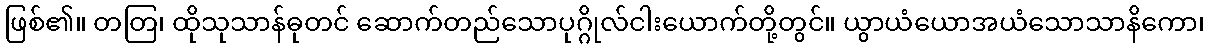
ဖြစ်၏။ တတြ၊ ထိုသုသာန်ဓုတင် ဆောက်တည်သောပုဂ္ဂိုလ်ငါးယောက်တို့တွင်။ ယွာယံယောအယံသောသာနိကော၊